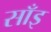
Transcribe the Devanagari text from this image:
साँइ